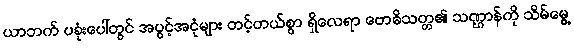
ယာဘက် ပခုံးပေါ်တွင် အပွင့်အငုံများ တင့်တယ်စွာ ရှိလေရာ ဗောဓိသတ္တ၏ သဏ္ဌာန်ကို သိမ်မွေ့